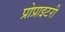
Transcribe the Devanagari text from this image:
प्रोप्राइटरी